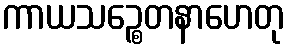
ကာယသဉ္စေတနာဟေတု